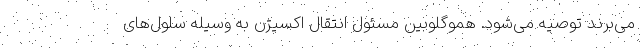
می‌برند توصیه می‌شود. هموگلوبین مسئول انتقال اکسیژن به وسیله سلول‌های